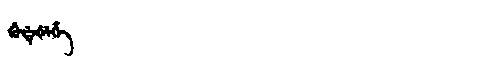
Manchu: ᡤᡠᡩᡝᡧᡝᡥᡝ
Romanization: GUDEŠEHE